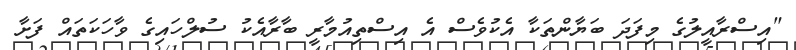
"އިސްރާއީލުގެ މިފަދަ ބަޔާންތަކާ އެކުވެސް އެ އިސްތިއުމާރީ ބާރާއެކު ސުލްހައިގެ ވާހަކަތައް ފަށާ